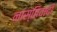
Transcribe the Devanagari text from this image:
नास्तिवादी